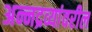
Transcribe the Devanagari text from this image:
अन्नद्रव्यांवरील